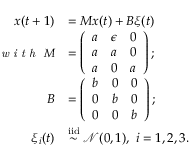
\begin{array} { r l } { \boldsymbol { x } ( t + 1 ) } & { = \boldsymbol { M } \boldsymbol { x } ( t ) + \boldsymbol { B } \boldsymbol { \xi } ( t ) } \\ { \small { \textit { w i t h } } ~ \boldsymbol { M } } & { = \left( \begin{array} { l l l } { a } & { \epsilon } & { 0 } \\ { a } & { a } & { 0 } \\ { a } & { 0 } & { a } \end{array} \right) ; } \\ { \boldsymbol { B } } & { = \left( \begin{array} { l l l } { b } & { 0 } & { 0 } \\ { 0 } & { b } & { 0 } \\ { 0 } & { 0 } & { b } \end{array} \right) ; } \\ { \xi _ { i } ( t ) } & { \overset { \mathrm { i i d } } { \sim } \mathcal { N } ( 0 , 1 ) , ~ i = 1 , 2 , 3 . } \end{array}